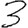
Digit: 3